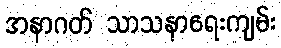
အနာဂတ် သာသနာရေးကျမ်း